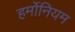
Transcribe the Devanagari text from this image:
हर्मोनियम